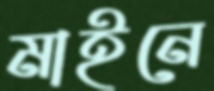
মাইনে